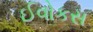
ઈવોકસ